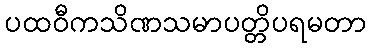
ပထဝီကသိဏသမာပတ္တိပရမတာ